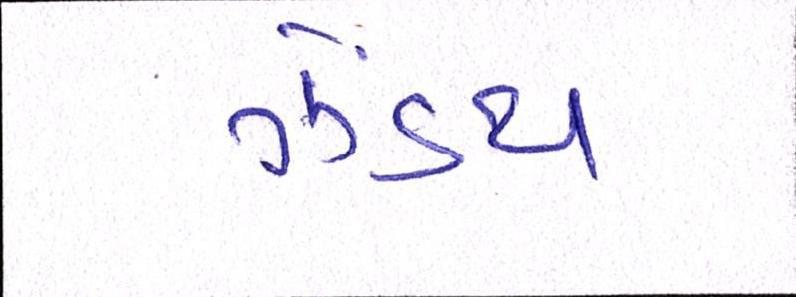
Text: ઝેંઽથ